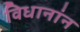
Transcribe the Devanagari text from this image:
विधानांन